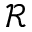
\mathcal { R }